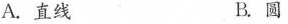
A.直线 B.圆